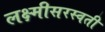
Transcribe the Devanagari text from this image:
लक्ष्मीसरस्वती